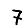
Digit: 7